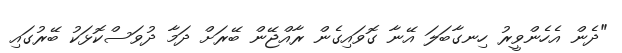
"ދެން އެހެންވީރު ހިނގާބަލަ އޭނާ ގޮވައިގެން ރާއްޖޭން ބޭރަށް ދަމާ ދުވަސްކޮޅަކު ބޭރުގައި